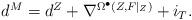
LaTeX: \begin{align*}\begin{aligned}d^{M}=d^{Z}+\nabla^{\Omega^{\bullet}(Z,F|_{Z})}+i_{T}.\end{aligned}\end{align*}